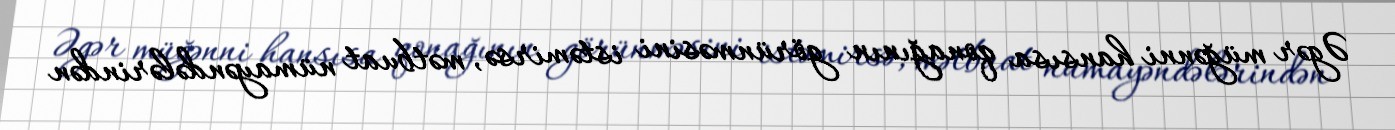
Əgər müğənni hansısa qonağının görünməsini istəmirsə, mətbuat nümayəndələrindən